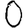
Digit: 0